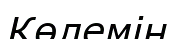
Көлемін